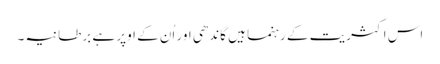
اس اکثریت کے رہنما ہیں گاندھی اور اُن کے اوپر ہے برطانیہ۔